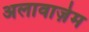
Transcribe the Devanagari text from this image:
अलावाज़ेम